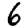
Digit: 6